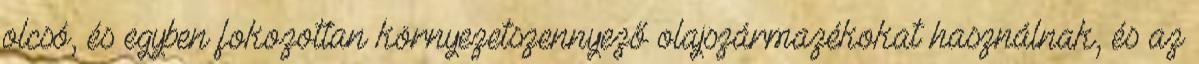
olcsó, és egyben fokozottan környezetszennyező olajszármazékokat használnak, és az